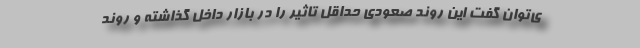
ی‌توان گفت این روند صعودی حداقل تاثیر را در بازار داخل گذاشته و روند